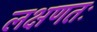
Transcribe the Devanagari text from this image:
लक्षणतः